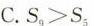
C.S_{9}>S_{5}